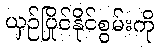
ယှဉ်ပြိုင်နိုင်စွမ်းကို